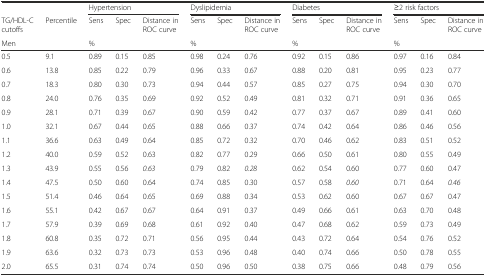
<table><thead><tr><td></td><td></td><td colspan="3"><b>Hypertension</b></td><td colspan="3"><b>Dyslipidemia</b></td><td colspan="3"><b>Diabetes</b></td><td colspan="3"><b>≥2 risk factors</b></td></tr><tr><td><b>TG/HDL-C cutoffs</b></td><td><b>Percentile</b></td><td><b>Sens</b></td><td><b>Spec</b></td><td><b>Distance in ROC curve</b></td><td><b>Sens</b></td><td><b>Spec</b></td><td><b>Distance in ROC curve</b></td><td><b>Sens</b></td><td><b>Spec</b></td><td><b>Distance in ROC curve</b></td><td><b>Sens</b></td><td><b>Spec</b></td><td><b>Distance in ROC curve</b></td></tr><tr><td><b>Men</b></td><td></td><td colspan="2"><b>%</b></td><td></td><td colspan="2"><b>%</b></td><td></td><td colspan="2"><b>%</b></td><td></td><td colspan="2"><b>%</b></td><td></td></tr></thead><tbody><tr><td>0.5</td><td>9.1</td><td>0.89</td><td>0.15</td><td>0.85</td><td>0.98</td><td>0.24</td><td>0.76</td><td>0.92</td><td>0.15</td><td>0.86</td><td>0.97</td><td>0.16</td><td>0.84</td></tr><tr><td>0.6</td><td>13.8</td><td>0.85</td><td>0.22</td><td>0.79</td><td>0.96</td><td>0.33</td><td>0.67</td><td>0.88</td><td>0.20</td><td>0.81</td><td>0.95</td><td>0.23</td><td>0.77</td></tr><tr><td>0.7</td><td>18.3</td><td>0.80</td><td>0.30</td><td>0.73</td><td>0.94</td><td>0.44</td><td>0.57</td><td>0.85</td><td>0.27</td><td>0.75</td><td>0.94</td><td>0.30</td><td>0.70</td></tr><tr><td>0.8</td><td>24.0</td><td>0.76</td><td>0.35</td><td>0.69</td><td>0.92</td><td>0.52</td><td>0.49</td><td>0.81</td><td>0.32</td><td>0.71</td><td>0.91</td><td>0.36</td><td>0.65</td></tr><tr><td>0.9</td><td>28.1</td><td>0.71</td><td>0.39</td><td>0.67</td><td>0.90</td><td>0.59</td><td>0.42</td><td>0.77</td><td>0.37</td><td>0.67</td><td>0.89</td><td>0.41</td><td>0.60</td></tr><tr><td>1.0</td><td>32.1</td><td>0.67</td><td>0.44</td><td>0.65</td><td>0.88</td><td>0.66</td><td>0.37</td><td>0.74</td><td>0.42</td><td>0.64</td><td>0.86</td><td>0.46</td><td>0.56</td></tr><tr><td>1.1</td><td>36.6</td><td>0.63</td><td>0.49</td><td>0.64</td><td>0.85</td><td>0.72</td><td>0.32</td><td>0.70</td><td>0.46</td><td>0.62</td><td>0.83</td><td>0.51</td><td>0.52</td></tr><tr><td>1.2</td><td>40.0</td><td>0.59</td><td>0.52</td><td>0.63</td><td>0.82</td><td>0.77</td><td>0.29</td><td>0.66</td><td>0.50</td><td>0.61</td><td>0.80</td><td>0.55</td><td>0.49</td></tr><tr><td>1.3</td><td>43.9</td><td>0.55</td><td>0.56</td><td><i>0.63</i></td><td>0.79</td><td>0.82</td><td><i>0.28</i></td><td>0.62</td><td>0.54</td><td>0.60</td><td>0.77</td><td>0.60</td><td>0.47</td></tr><tr><td>1.4</td><td>47.5</td><td>0.50</td><td>0.60</td><td>0.64</td><td>0.74</td><td>0.85</td><td>0.30</td><td>0.57</td><td>0.58</td><td><i>0.60</i></td><td>0.71</td><td>0.64</td><td><i>0.46</i></td></tr><tr><td>1.5</td><td>51.4</td><td>0.46</td><td>0.64</td><td>0.65</td><td>0.69</td><td>0.88</td><td>0.34</td><td>0.53</td><td>0.62</td><td>0.60</td><td>0.67</td><td>0.67</td><td>0.47</td></tr><tr><td>1.6</td><td>55.1</td><td>0.42</td><td>0.67</td><td>0.67</td><td>0.64</td><td>0.91</td><td>0.37</td><td>0.49</td><td>0.66</td><td>0.61</td><td>0.63</td><td>0.70</td><td>0.48</td></tr><tr><td>1.7</td><td>57.9</td><td>0.39</td><td>0.69</td><td>0.68</td><td>0.61</td><td>0.92</td><td>0.40</td><td>0.47</td><td>0.68</td><td>0.62</td><td>0.59</td><td>0.73</td><td>0.49</td></tr><tr><td>1.8</td><td>60.8</td><td>0.35</td><td>0.72</td><td>0.71</td><td>0.56</td><td>0.95</td><td>0.44</td><td>0.43</td><td>0.72</td><td>0.64</td><td>0.54</td><td>0.76</td><td>0.52</td></tr><tr><td>1.9</td><td>63.6</td><td>0.32</td><td>0.73</td><td>0.73</td><td>0.53</td><td>0.96</td><td>0.48</td><td>0.40</td><td>0.74</td><td>0.66</td><td>0.50</td><td>0.78</td><td>0.55</td></tr><tr><td>2.0</td><td>65.5</td><td>0.31</td><td>0.74</td><td>0.74</td><td>0.50</td><td>0.96</td><td>0.50</td><td>0.38</td><td>0.75</td><td>0.66</td><td>0.48</td><td>0.79</td><td>0.56</td></tr></tbody></table>